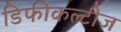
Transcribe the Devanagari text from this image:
डिफीकल्टीज